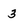
Character: 3